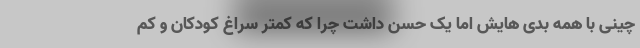
چینی با همه بدی هایش اما یک حسن داشت چرا که کمتر سراغ کودکان و کم